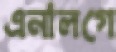
এনালগে